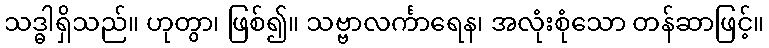
သဒ္ဓါရှိသည်။ ဟုတွာ၊ ဖြစ်၍။ သဗ္ဗာလင်္ကာရေန၊ အလုံးစုံသော တန်ဆာဖြင့်။